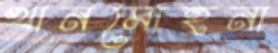
খানমোহনা